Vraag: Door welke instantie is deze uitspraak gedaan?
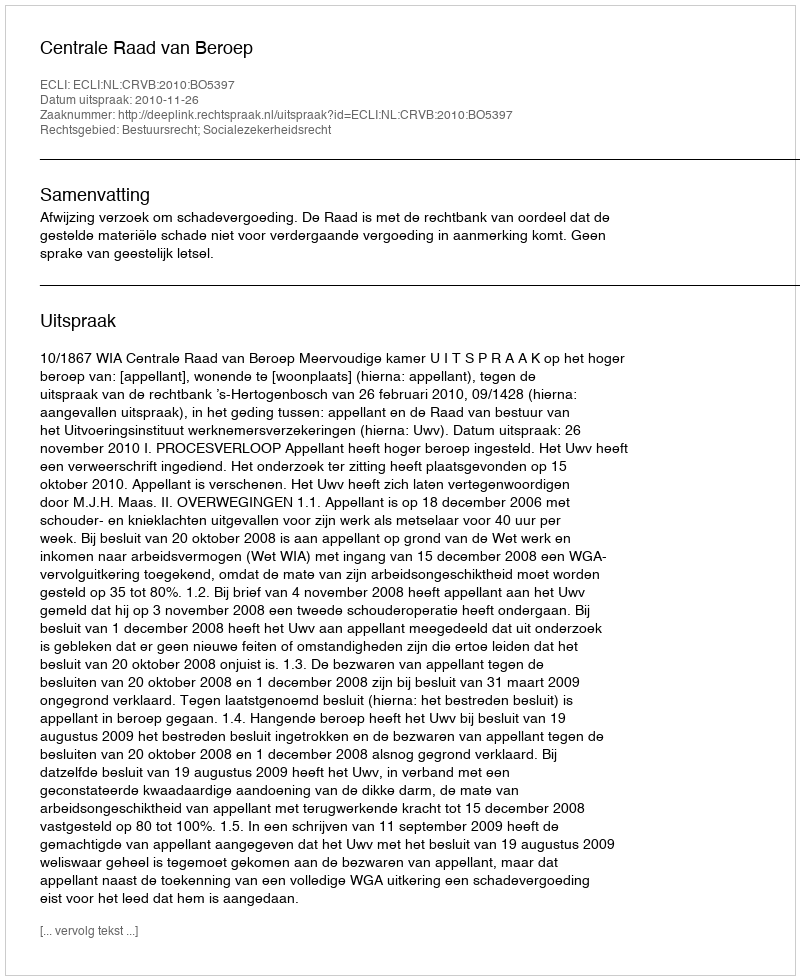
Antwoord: Centrale Raad van Beroep